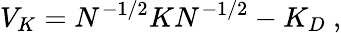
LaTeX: V_{K}=N^{-1/2}KN^{-1/2}-K_{D}~,